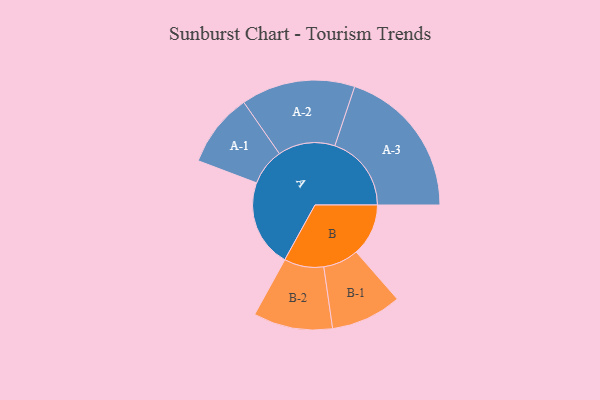
{"axis": {"x": "Segment", "y": "Value"}, "legend": ["", "A", "B"], "data": [{"x": "A", "y": 292, "type": ""}, {"x": "B", "y": 174, "type": ""}, {"x": "A-1", "y": 123, "type": "A"}, {"x": "A-2", "y": 190, "type": "A"}, {"x": "A-3", "y": 255, "type": "A"}, {"x": "B-1", "y": 118, "type": "B"}, {"x": "B-2", "y": 132, "type": "B"}]}